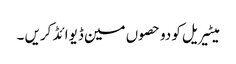
میٹیریل کو دو حصوں مین ڈیوائڈ کریں ۔